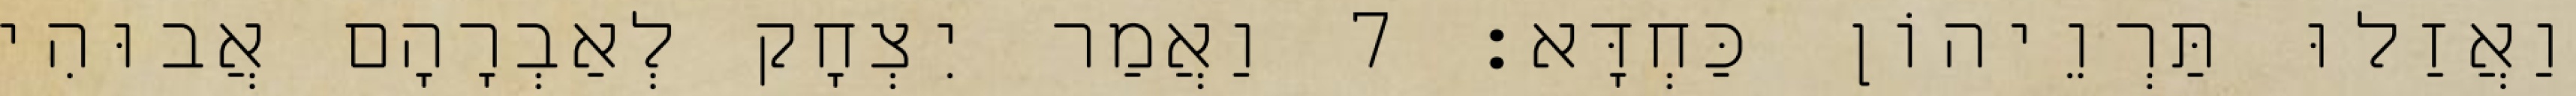
וַאֲזַלוּ תַּרְוֵיהוֹן כַּחְדָּא׃ 7 וַאֲמַר יִצְחָק לְאַבְרָהָם אֲבוּהִי